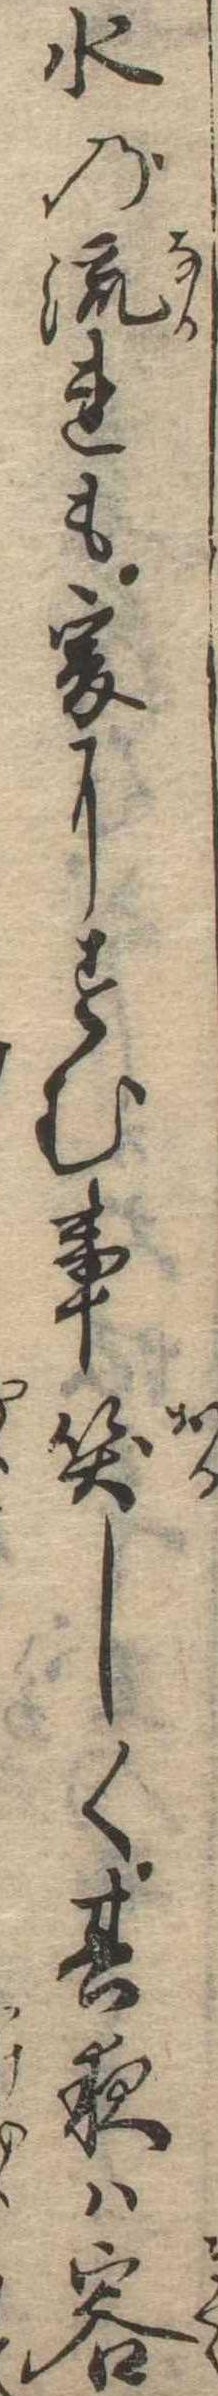
水の流れも爰にすむ事笑しく其夜は客